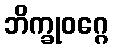
ဘိက္ခုဝဂ္ဂေ